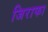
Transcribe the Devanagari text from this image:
जिराफा